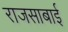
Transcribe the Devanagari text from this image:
राजसाबाई